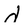
Character: d